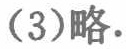
（3）略.